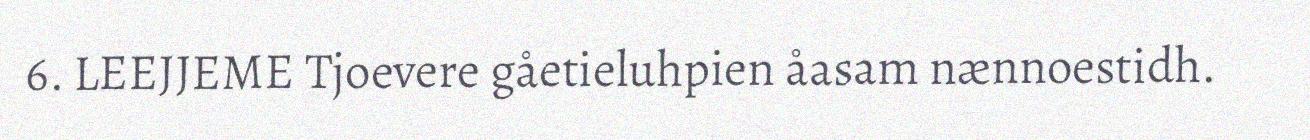
6. LEEJJEME Tjoevere gåetieluhpien åasam nænnoestidh.